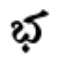
భ